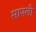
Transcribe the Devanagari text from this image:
सापली